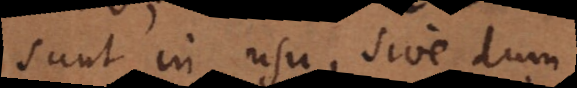
sunt in usu, sive dum